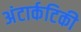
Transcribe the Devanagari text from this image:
अंटार्कटिकी